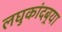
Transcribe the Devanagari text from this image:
लघुकांदबर्‍या